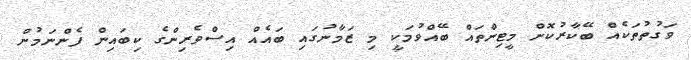
ވަގުތުތަކެއް ބޭކާރުކޮށް މީޓިންތައް ބޭއްވުމަކީ މި ޒަމާނުގައި ބައެއް އިސްވެރިންގެ ކިބައިން ފެންނަމުން